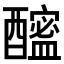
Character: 𨣘